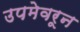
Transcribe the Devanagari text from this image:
उपमेवरून